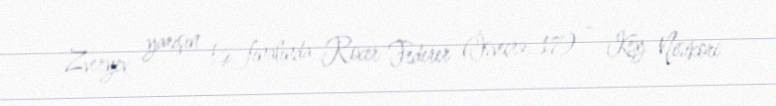
Zveryev yarışın ¼ finalında Rocer Federer (İsveçrə, 17) – Key Nisikori